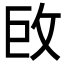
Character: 𢼑